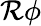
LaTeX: \mathcal{R}\phi